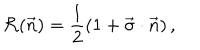
{ \cal R } ( \vec { n } ) = { \frac { 1 } { 2 } } ( 1 + \vec { \sigma } \cdot \vec { n } ) \, ,